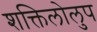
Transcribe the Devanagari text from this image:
शक्तिलोलुप